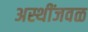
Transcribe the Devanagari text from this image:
अस्थींजवळ